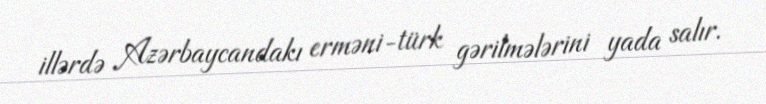
illərdə Azərbaycandakı erməni-türk gərilmələrini yada salır.